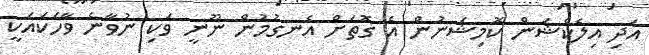
އަދި އިލެކްޝަން ކޮމިޝަނުން އެ ގޮތަށް އެނގުމުން ނޫނީ ވަކި ނުވާނެ ވާހަކައަކީ